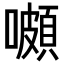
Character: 𡂄